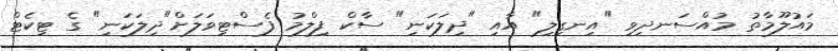
މައުލޫމާތު މުއްސަނދިވި "އިނގިލި" އާއި "ދިލަކަނި" ސާކް ފިލްމު ފެސްޓިވަލަށް"ދިލަކަނި" ގެ ޓިކެޓް